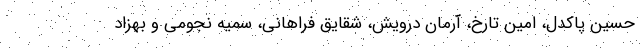
حسین پاکدل، امین تارخ، آرمان درویش، شقایق فراهانی، سمیه نجومی و بهزاد